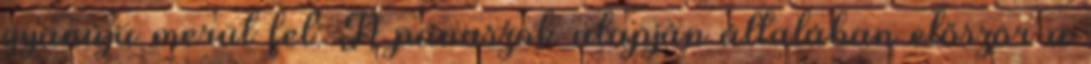
gyanúja merül fel. A panaszok alapján általában először a